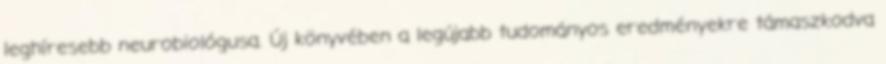
leghíresebb neurobiológusa. Új könyvében a legújabb tudományos eredményekre támaszkodva